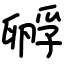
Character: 孵